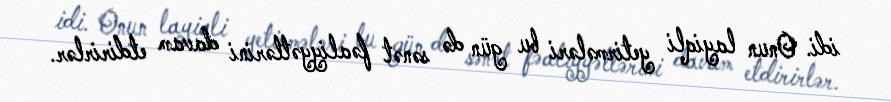
idi. Onun layiqli yetirmələri bu gün də sənət fəaliyyətlərini davam etdirirlər.